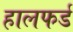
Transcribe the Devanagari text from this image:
हालफर्ड